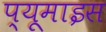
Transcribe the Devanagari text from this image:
प्यूमाइस